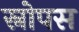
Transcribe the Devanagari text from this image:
स्नोपस